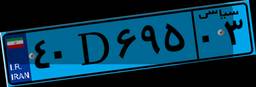
۸۵D۸۴۴۱۵